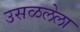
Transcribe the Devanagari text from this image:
उसळलेला